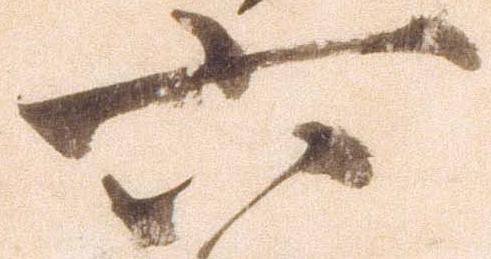
六